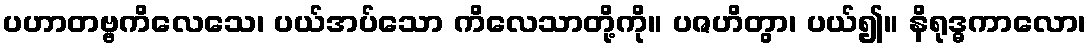
ပဟာတဗ္ဗကိလေသေ၊ ပယ်အပ်သော ကိလေသာတို့ကို။ ပဇဟိတွာ၊ ပယ်၍။ နိရုဒ္ဓကာလော၊